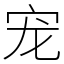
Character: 宠